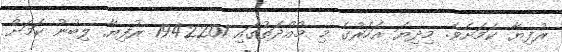
ރުފިޔާ ކަމަށެވެ. މިދިޔަ އަހަރުގެ މި މުއްދަތުގައި 1942201 ރުފިޔާ ލިބުނު ކަމަށް